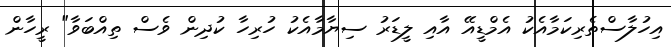
އިހުލާސްތެރިކަމާއެކު އެމްޑީއޭ އާއި ލީޑަރު ސިޔާމާއެކު ހުރިހާ ކުދިން ވެސް ތިއްބަވާ" ރީހާން